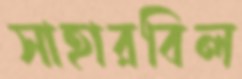
সাহারবিল